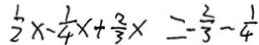
\frac { 1 } { 2 } x - \frac { 1 } { 4 } x + \frac { 2 } { 3 } x = - \frac { 2 } { 3 } - \frac { 1 } { 4 }